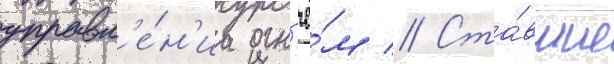
управл'е́н'иа огн'ё́м // Ста́вшие